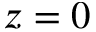
z = 0